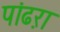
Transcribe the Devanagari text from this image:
पांढऱा